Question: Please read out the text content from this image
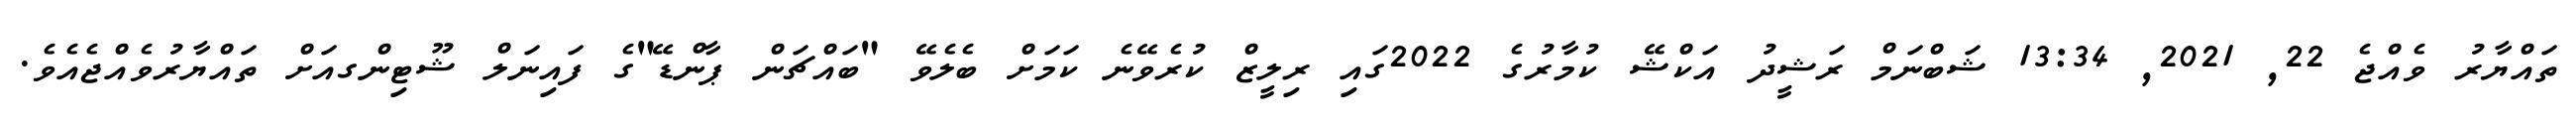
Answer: ތައްޔާރު ވެއްޖެ 22, 2021, 13:34 ޝަބްނަމް ރަޝީދު އަކްޝޭ ކުމާރުގެ 2022ގައި ރިލީޒް ކުރެވޭނެ ކަމަށް ބެލެވޭ "ބައްޗަން ޕާންޑޭ"ގެ ފައިނަލް ޝޫޓިންގއަށް ތައްޔާރުވެއްޖެއެވެ.